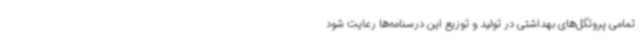
تمامی پروتکل‌های بهداشتی در تولید و توزیع این درسنامه‌ها رعایت شود